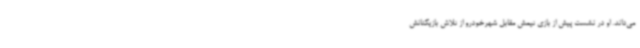
می‌داند. او در نشست پیش از بازی تیمش مقابل شهرخودرو از تلاش بازیکنانش